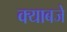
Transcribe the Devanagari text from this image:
क्याबजे